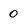
Character: 0